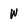
Character: W